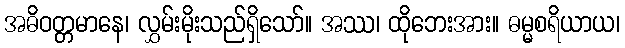
အဓိဝတ္တမာနေ၊ လွှမ်းမိုးသည်ရှိသော်။ အဿ၊ ထိုဘေးအား။ ဓမ္မစရိယာယ၊